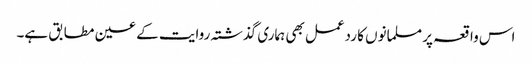
اس واقعہ پر مسلمانوں کا ردعمل بھی ہماری گذشتہ روایت کے عین مطابق ہے۔